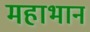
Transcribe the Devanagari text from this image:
महाभान